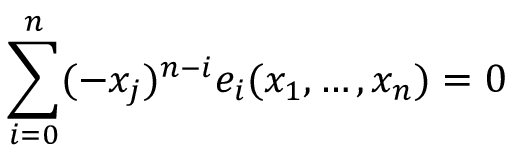
\sum _ { i = 0 } ^ { n } ( - x _ { j } ) ^ { n - i } e _ { i } ( x _ { 1 } , \dotsc , x _ { n } ) = 0